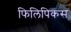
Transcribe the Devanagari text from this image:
फिलिपिकस